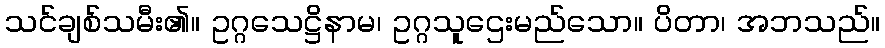
သင်ချစ်သမီး၏။ ဥဂ္ဂသေဋ္ဌိနာမ၊ ဥဂ္ဂသူဌေးမည်သော။ ပိတာ၊ အဘသည်။